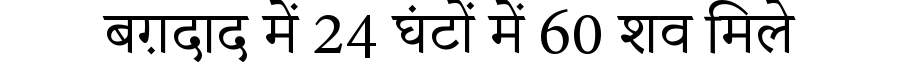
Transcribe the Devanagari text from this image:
बग़दाद में 24 घंटों में 60 शव मिले